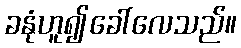
ခနုံဟူ၍ခေါ်လေသည်။